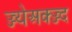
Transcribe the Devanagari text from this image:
ज्ज्येअक्ज्ज्द